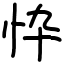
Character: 忰